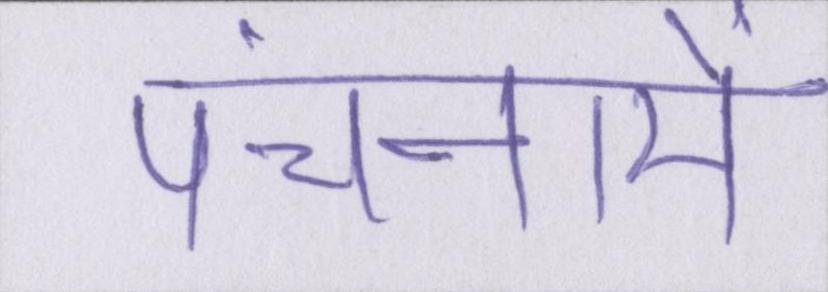
पंचनामें